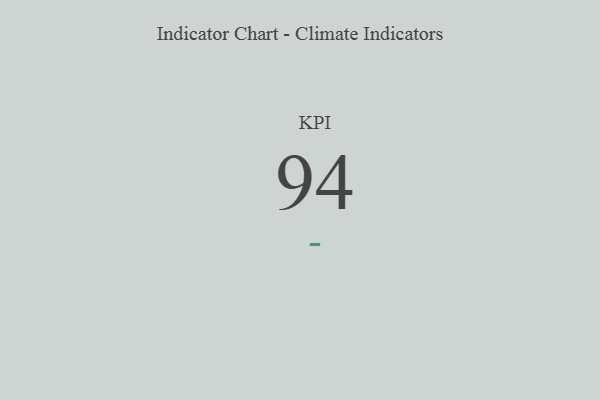
{"axis": {"x": "KPI", "y": "Value"}, "legend": [""], "data": [{"x": "KPI", "y": 94, "type": ""}]}